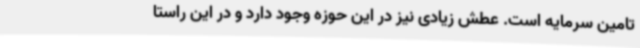
تامین سرمایه است. عطش زیادی نیز در این حوزه وجود دارد و در این راستا